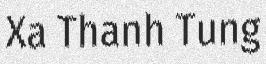
Xa Thanh Tung